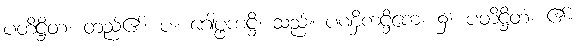
ပတိဋ္ဌိတံ၊ တည်၏။ ပ။ ဂေါပ္ဖကဋ္ဌိ၊ သည်။ ပဏှိကဋ္ဌိကေ၊ ၌။ ပတိဋ္ဌိတံ၊ ၏။